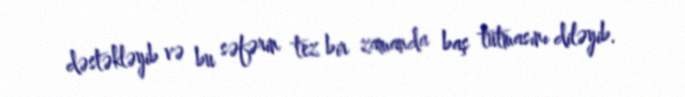
dəstəkləyib və bu səfərin tez bir zamanda baş tutmasını diləyib.